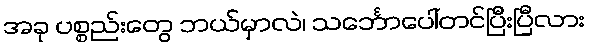
အခု ပစ္စည်းတွေ ဘယ်မှာလဲ၊ သင်္ဘောပေါ်တင်ပြီးပြီလား